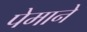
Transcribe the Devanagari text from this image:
पेमाने